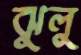
ঝুলু